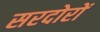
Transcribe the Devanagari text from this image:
सरदोरों